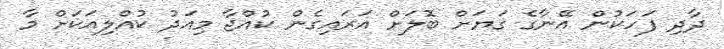
ދާދި ފަހަކުން އޭނާގެ ގަޔަށް ބޮލަށް އަރައިގެން ކުއްޖާ މިއަދު ކުއްލިއަކަށް މާ